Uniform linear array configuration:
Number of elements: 16
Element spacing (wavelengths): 0.5
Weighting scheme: kaiser
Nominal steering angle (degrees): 60
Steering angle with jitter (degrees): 59.949
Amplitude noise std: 0.05
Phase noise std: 0.05

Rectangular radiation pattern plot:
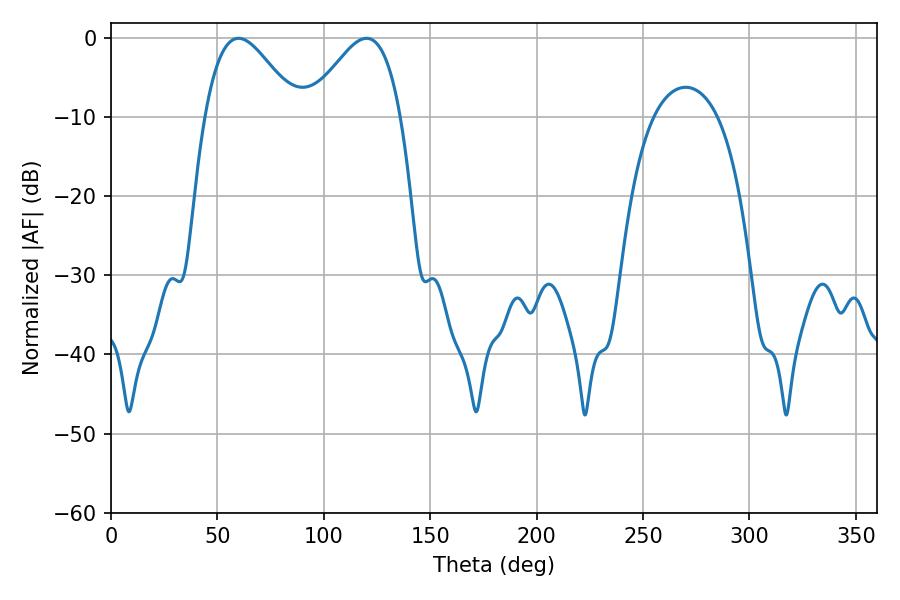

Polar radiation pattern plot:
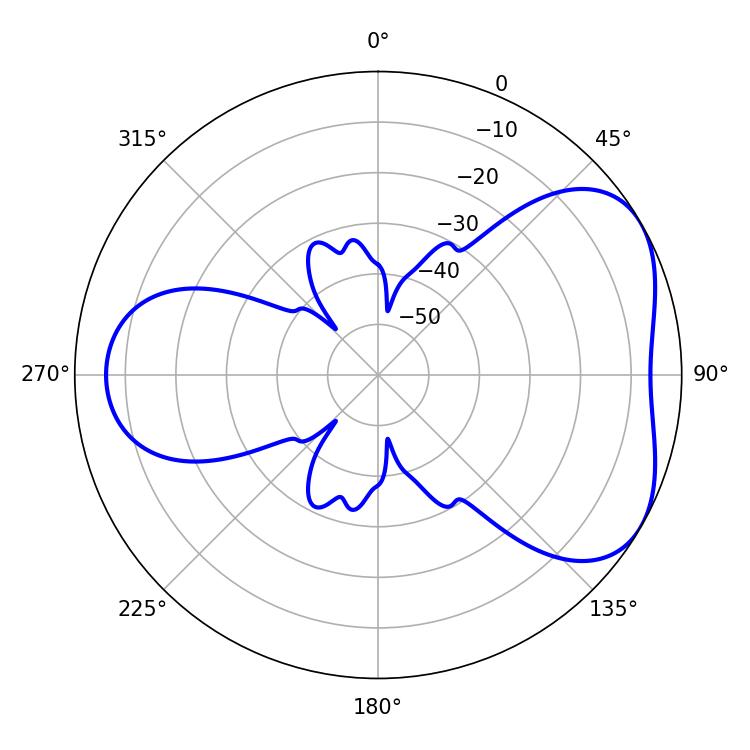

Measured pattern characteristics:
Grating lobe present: FALSE
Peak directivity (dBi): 4.639
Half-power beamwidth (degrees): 23.4
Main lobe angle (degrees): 59.94